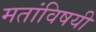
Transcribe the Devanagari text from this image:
मतांविषयी